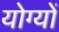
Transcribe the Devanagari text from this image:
योग्यों